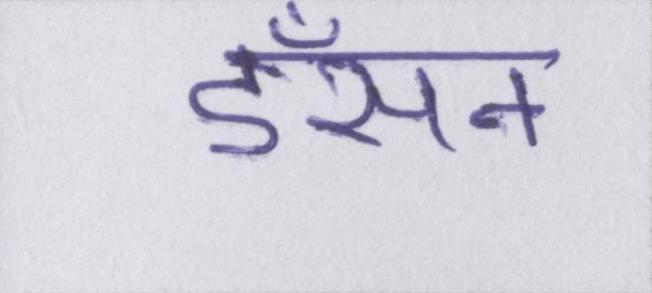
डँसने